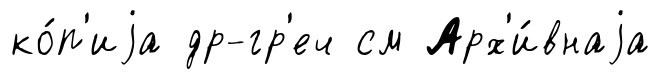
ко́п'иjа др-гр'еч см Арх'и́внаjа